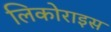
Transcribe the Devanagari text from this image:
लिकोराइस